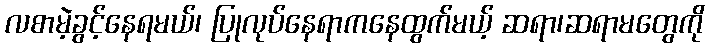
လစာမဲ့ခွင့်နေရမယ်၊ ပြုလုပ်နေရာကနေထွက်မယ့် ဆရာ၊ဆရာမတွေကို